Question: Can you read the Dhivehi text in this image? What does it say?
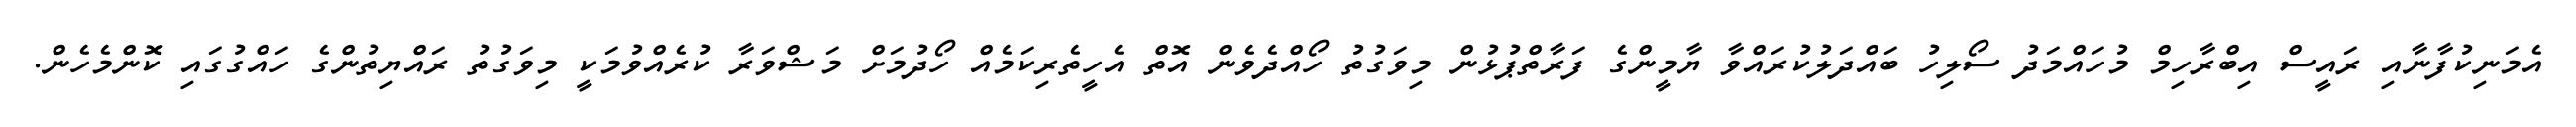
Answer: އެމަނިކުފާނާއި ރައީސް އިބްރާހިމް މުހައްމަދު ސޯލިހު ބައްދަލުކުރައްވާ ޔާމީންގެ ފަރާތްޕުޅުން މިވަގުތު ހޯއްދެވެން އޮތް އެހީތެރިކަމެއް ހޯދުމަށް މަޝްވަރާ ކުރެއްވުމަކީ މިވަގުތު ރައްޔިތުންގެ ހައްގުގައި ކޮންމެހެން.